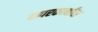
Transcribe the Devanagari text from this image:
वापरकर्त्यांस